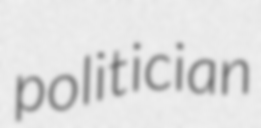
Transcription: politician